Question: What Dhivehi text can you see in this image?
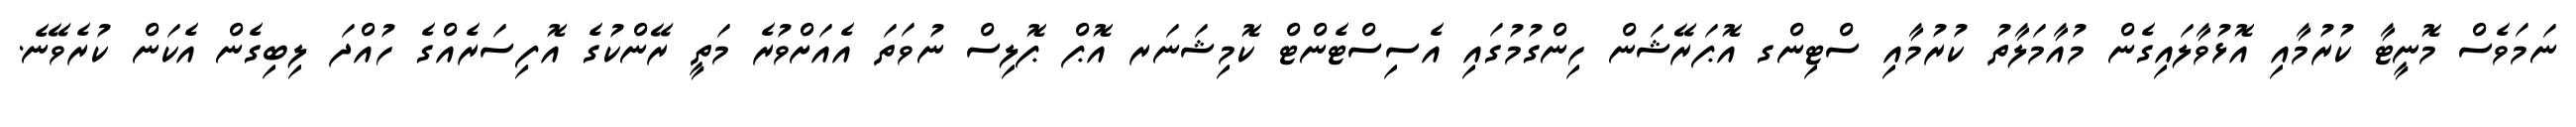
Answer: ނަމަވެސް މޮނީޓާ ކުރުމާއި އޮޅުވާލައިގެން މުއާމަލާތު ކުރުމާއި ސްޓިންގ އޮޕަރޭޝަން ހިންގުމުގައި އެސިސްޓެންޓް ކޮމިޝަނަރ އޮޕް ޕޮލިސް ނުވަތަ އެއަށްވުރެ މަތީ ރޭންކުގެ އޮފިސަރެއްގެ ހުއްދަ ލިބިގެން އެކަން ކުރެވޭނެ.